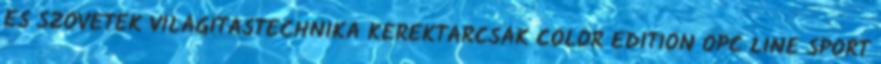
ÉS SZÖVETEK VILÁGÍTÁSTECHNIKA KERÉKTÁRCSÁK COLOR EDITION OPC LINE SPORT